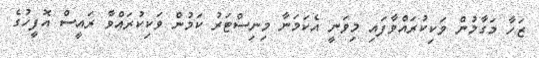
ޒަހާ މަގާމުން ވަކިކުރައްވާފައި މިވަނީ އެކަމަނާ މިނިސްޓަރު ކަމުން ވަކިކުރައްވާ ރައީސް އޮފީހުގެ